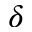
\delta